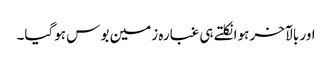
اور بالآخر ہوا نکلتے ہی غبارہ زمین بوس ہوگیا۔